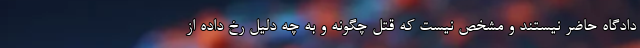
دادگاه حاضر نیستند و مشخص نیست که قتل چگونه و به چه دلیل رخ داده از